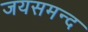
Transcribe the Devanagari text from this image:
जयसमन्‍द